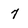
Character: 7